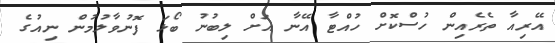
އޭރިއާ ތެރެއިން ހުސްކޮށް ހުއްޓާ އޭނާ އަށް ލިބުނު ބޯޅަ ފޮނުވާލުމުން ނިއުގެ